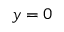
y = 0